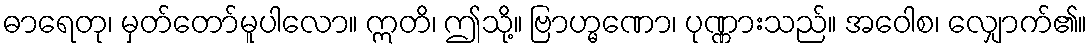
ဓာရေတု၊ မှတ်တော်မူပါလော။ ဣတိ၊ ဤသို့။ ဗြာဟ္မဏော၊ ပုဏ္ဏားသည်။ အဝေါစ၊ လျှောက်၏။